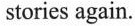
stories again.